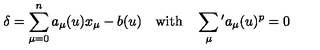
\delta = \sum _ { \mu = 0 } ^ { n } a _ { \mu } ( u ) x _ { \mu } - b ( u ) \quad \mathrm { w i t h } \quad \sum _ { \mu } { } ^ { \prime } a _ { \mu } ( u ) ^ { p } = 0